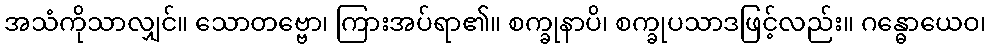
အသံကိုသာလျှင်။ သောတဗ္ဗော၊ ကြားအပ်ရာ၏။ စက္ခုနာပိ၊ စက္ခုပသာဒဖြင့်လည်း။ ဂန္ဓောယေဝ၊